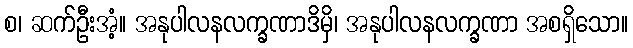
စ၊ ဆက်ဦးအံ့။ အနုပါလနလက္ခဏာဒိမှိ၊ အနုပါလနလက္ခဏာ အစရှိသော။